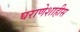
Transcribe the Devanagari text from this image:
घराणेशाहीस